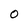
Character: 0